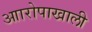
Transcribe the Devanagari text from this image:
आारोपाखाली